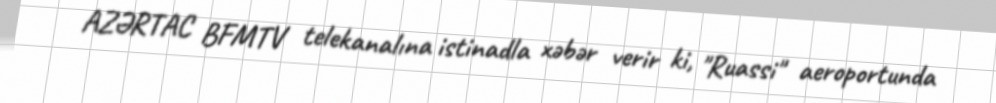
AZƏRTAC BFMTV telekanalına istinadla xəbər verir ki, "Ruassi" aeroportunda